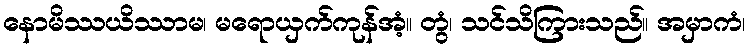
နောမိဿယိဿာမ၊ မရောယှက်ကုန်အံ့။ တွံ၊ သင်သိကြားသည်။ အမှာကံ၊